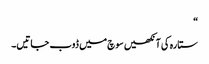
“
ستارہ کی آنکھیں سوچ میں ڈوب جاتیں۔